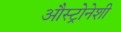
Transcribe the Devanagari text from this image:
औस्ट्रोनेशी